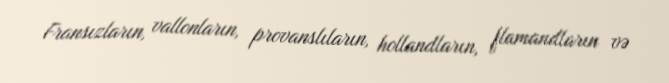
Fransızların, vallonların, provanslıların, hollandların, flamandların və